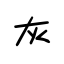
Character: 灰